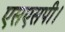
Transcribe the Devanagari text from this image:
एसएसपी।